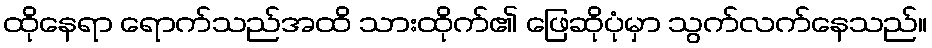
ထိုနေရာ ရောက်သည်အထိ သားထိုက်၏ ဖြေဆိုပုံမှာ သွက်လက်နေသည်။